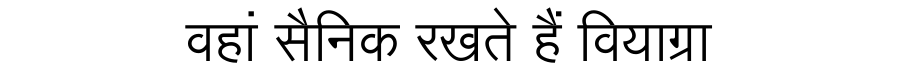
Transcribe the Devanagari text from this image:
वहां सैनिक रखते हैं वियाग्रा